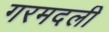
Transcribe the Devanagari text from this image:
गरमदली